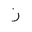
Letter: _zay